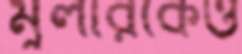
মুলারকেও